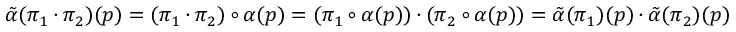
\tilde { \alpha } ( \pi _ { 1 } \cdot \pi _ { 2 } ) ( p ) = ( \pi _ { 1 } \cdot \pi _ { 2 } ) \circ \alpha ( p ) = ( \pi _ { 1 } \circ \alpha ( p ) ) \cdot ( \pi _ { 2 } \circ \alpha ( p ) ) = \tilde { \alpha } ( \pi _ { 1 } ) ( p ) \cdot \tilde { \alpha } ( \pi _ { 2 } ) ( p )